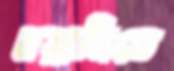
নয়ানিতে